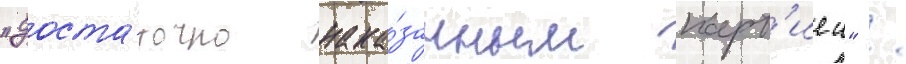
"доста́точно нака́занным парт'иеи" /